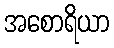
အစောရိယာ